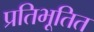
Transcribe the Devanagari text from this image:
प्रतिभूतित